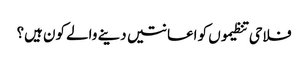
فلاحی تنظیموں کو اعانتیں دینے والے کون ہیں؟